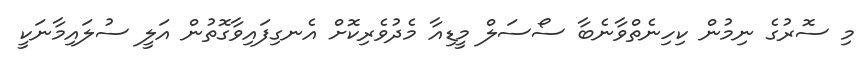
މި ސޮރުގެ ނިމުން ކިހިނެތްވާނެބާ ސޯސަލް މީޑިއާ މެދުވެރިކޮށް އެނގިފައިވާގޮތުން އަލީ ސުލައިމާނަކީ